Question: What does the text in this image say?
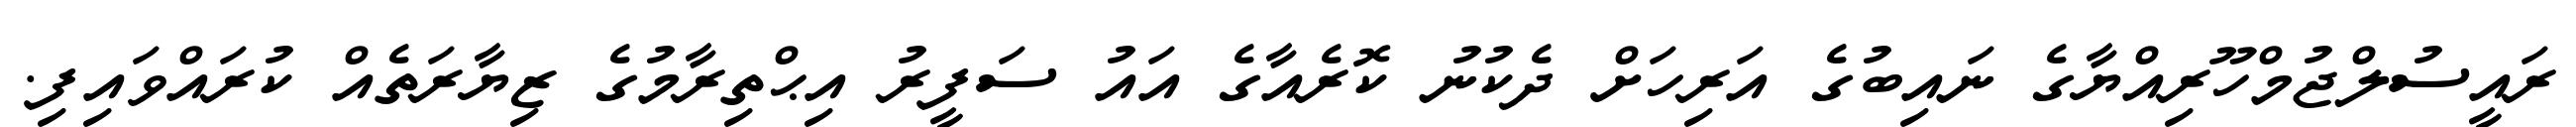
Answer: ރައީސުލްޖުމްހޫރިއްޔާގެ ނައިބުގެ އަރިހަށް ދެކުނު ކޮރެއާގެ އައު ސަފީރު އިޙްތިރާމުގެ ޒިޔާރަތެއް ކުރައްވައިފި.